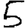
Digit: 5